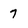
Character: 7